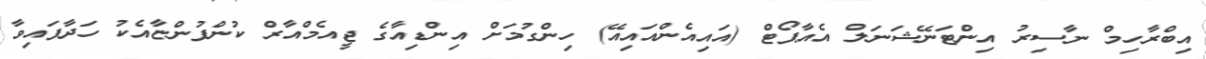
އިބްރާހިމް ނާސިރު އިންޓަނޭޝަނަލް އެއާޕޯޓް (އައިއެންއައިއޭ) ހިންގުމަށް އިންޑިއާގެ ޖީއެމްއާރް ކުންފުންޏާއެކު ހަދާފައިވާ